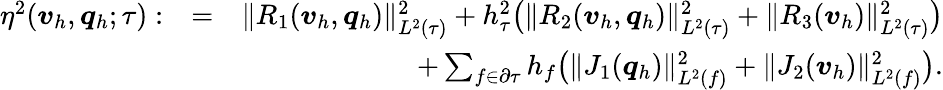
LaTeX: \begin{array}{rlr}{\eta^{2}(\boldsymbol{v}_{h},\boldsymbol{q}_{h};\tau):}&{=}&{\| R_{1}(\boldsymbol{v}_{h},\boldsymbol{q}_{h})\| _{L^{2}(\tau)}^{2}+h_{\tau}^{2}\big(\| R_{2}(\boldsymbol{v}_{h},\boldsymbol{q}_{h})\| _{L^{2}(\tau)}^{2}+\| R_{3}(\boldsymbol{v}_{h})\| _{L^{2}(\tau)}^{2}\big)}\\ &{}&{+\sum_{f\in\partial\tau}h_{f}\big(\| J_{1}(\boldsymbol{q}_{h})\| _{L^{2}(f)}^{2}+\| J_{2}(\boldsymbol{v}_{h})\| _{L^{2}(f)}^{2}\big).}\end{array}